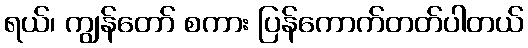
ရယ်၊ ကျွန်တော် စကား ပြန်ကောက်တတ်ပါတယ်